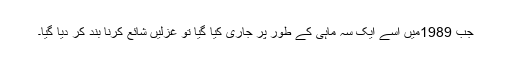
جب 1989میں اسے ایک سہ ماہی کے طور پر جاری کیا گیا تو غزلیں شائع کرنا بند کر دیا گیا۔